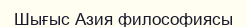
Шығыс Азия философиясы